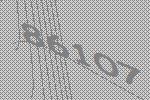
86107